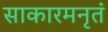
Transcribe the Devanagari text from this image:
साकारमनृतं